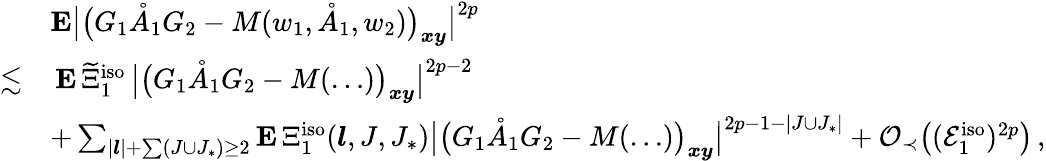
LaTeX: \begin{array}{rl}&{\mathbf{E}\big|\big(G_{1}\mathring{A}_{1}G_{2}-M(w_{1},\mathring{A}_{1},w_{2})\big)_{\boldsymbol{x}\boldsymbol{y}}\big|^{2p}}\\ {\lesssim}&{\, \mathbf{E}\, \widetilde{\Xi}_{1}^{\mathrm{iso}}\, \big\vert\big(G_{1}\mathring{A}_{1}G_{2}-M(\ldots)\big)_{\boldsymbol{x}\boldsymbol{y}}\big\vert^{2p-2}}\\ &{+\sum_{|\boldsymbol{l}|+\sum(J\cup J_{*})\ge 2}\mathbf{E}\, \Xi_{1}^{\mathrm{iso}}(\boldsymbol{l},J,J_{*})\big\vert\big(G_{1}\mathring{A}_{1}G_{2}-M(\ldots)\big)_{\boldsymbol{x}\boldsymbol{y}}\big\vert^{2p-1-|J\cup J_{*}|}+\mathcal{O}_{\prec}\big((\mathcal{E}_{1}^{\mathrm{iso}})^{2p}\big)\, ,}\end{array}